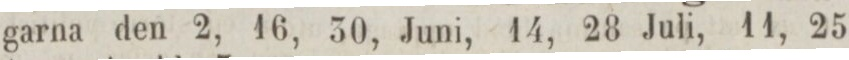
garna den 2, 16, 30, Juni, 14, 28 Juli, 11, 25